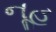
નૂહ